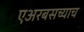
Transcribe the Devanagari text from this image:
एअरबसच्याच